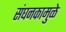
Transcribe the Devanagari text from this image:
संघनकामुळे